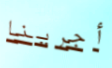
أجرينا